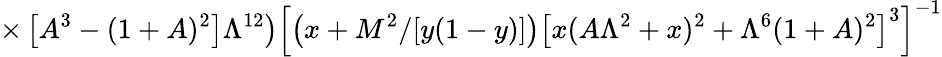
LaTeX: \times\left.\left[A^{3}-(1+A)^{2}\right]\Lambda^{12}\right)\left[\left(x+M^{2}/[y(1-y)]\right)\left[x(A\Lambda^{2}+x)^{2}+\Lambda^{6}(1+A)^{2}\right]^{3}\right]^{-1}